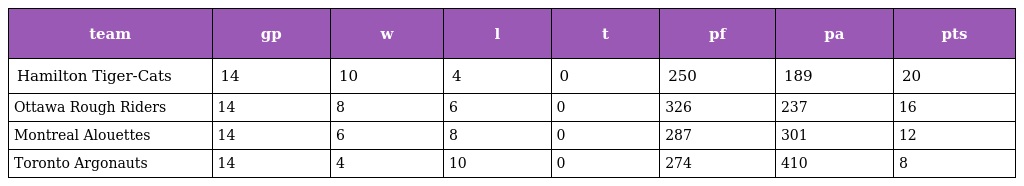
| team | gp | w | l | t | pf | pa | pts |
 | --- | --- | --- | --- | --- | --- | --- | --- |
 | Hamilton Tiger-Cats | 14 | 10 | 4 | 0 | 250 | 189 | 20 |
 | Ottawa Rough Riders | 14 | 8 | 6 | 0 | 326 | 237 | 16 |
 | Montreal Alouettes | 14 | 6 | 8 | 0 | 287 | 301 | 12 |
 | Toronto Argonauts | 14 | 4 | 10 | 0 | 274 | 410 | 8 |